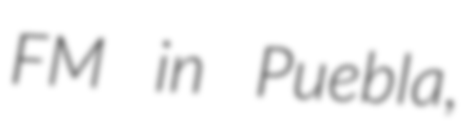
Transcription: FM in Puebla,